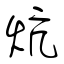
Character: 炕